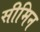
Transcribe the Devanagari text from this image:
सीमिन